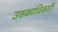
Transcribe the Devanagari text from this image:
उत्तकाधिकारी